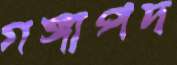
গঙ্গাপদ